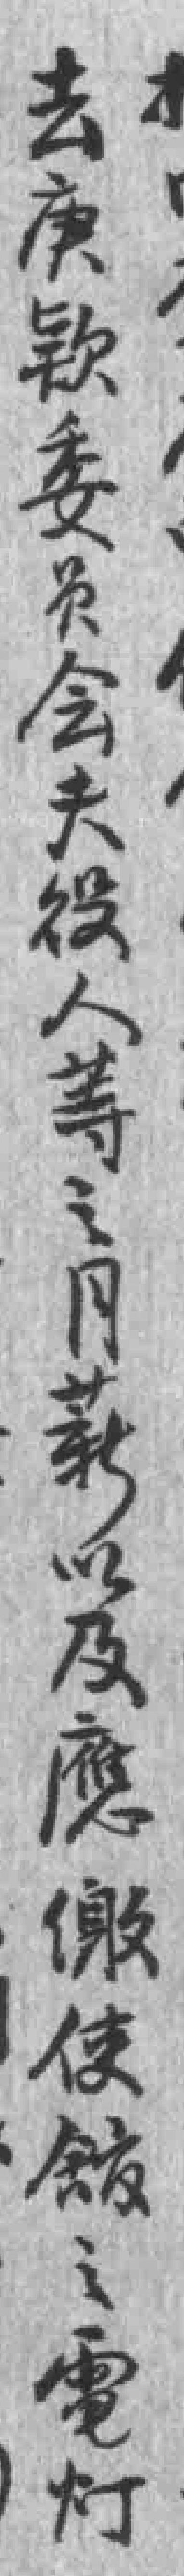
去庚欵委员会夫役人等之月薪以及應缴使舘之電灯